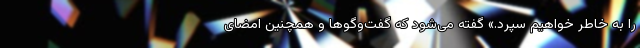
را به خاطر خواهیم سپرد.» گفته می‌شود که گفت‌وگوها و همچنین امضای